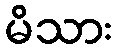
မိသား